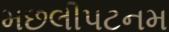
મછલીપટનમ